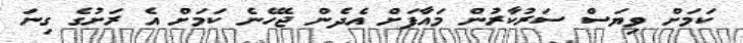
ކަމަށް ވިޔަސް ސަރުކާރުން މައާފަށް އެދެން ޖެހޭނެ ކަމަށް އެ ރަށުގެ ގިނަ